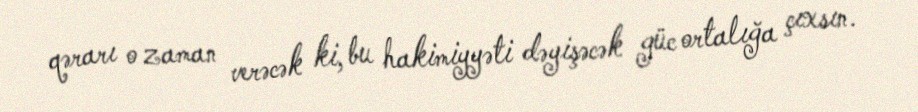
qərarı o zaman verəcək ki, bu hakimiyyəti dəyişəcək güc ortalığa çıxsın.